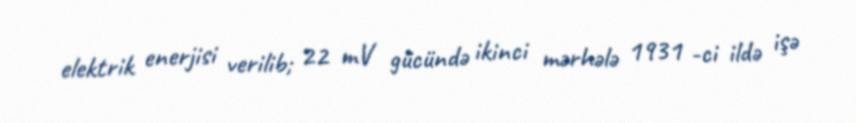
elektrik enerjisi verilib; 22 mV gücündə ikinci mərhələ 1931 -ci ildə işə